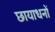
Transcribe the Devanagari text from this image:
छायाधनों